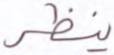
ينظر